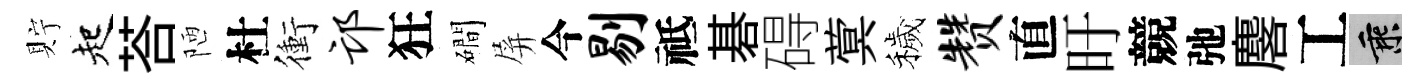
貯起荅陋杜衝邙狂磵屏今剔祗碁碍蓂穢赞直旴競弛麐工乘